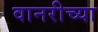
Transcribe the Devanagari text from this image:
वानरीच्या